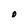
Character: O